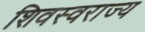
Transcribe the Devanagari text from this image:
शिवस्वराज्य